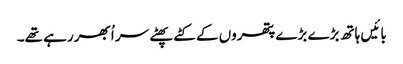
بائیں ہاتھ بڑے بڑے پتھروں کے کٹے پھٹے سر اُبھر رہے تھے۔